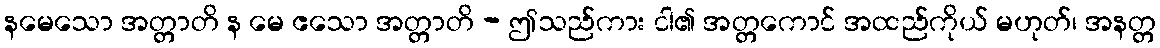
နမေသော အတ္တာတိ န မေ ဧသော အတ္တာတိ - ဤသည်ကား ငါ၏ အတ္တကောင် အထည်ကိုယ် မဟုတ်၊ အနတ္တ